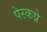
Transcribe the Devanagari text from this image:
पेस्कप्रे